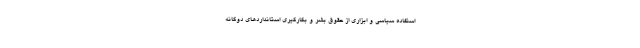
استفاده سیاسی و ابزاری از حقوق بشر و بکارگیری استانداردهای دوگانه